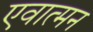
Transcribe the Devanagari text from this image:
एवात्मन